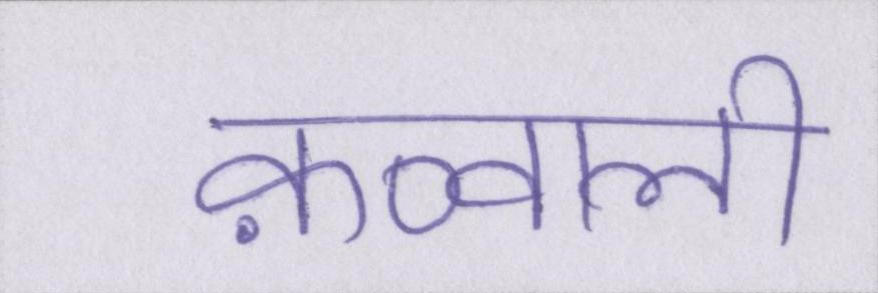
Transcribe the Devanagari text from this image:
क़व्वाली